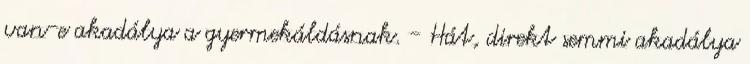
van-e akadálya a gyermekáldásnak. - Hát, direkt semmi akadálya